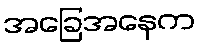
အခြေအနေက